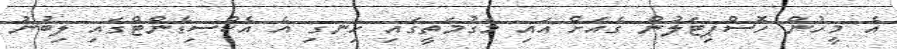
އެ މީހުން ހޮސްޕިޓަލުން ގެއަށް އައި މަގުމަތީގައި ހިނގި އެ އެކްސިޑެންޓްގައި ލިބުނު